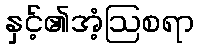
နှင့်၏အံ့ဩစရာ